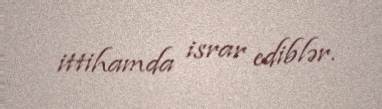
ittihamda israr ediblər.